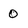
Character: 0